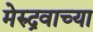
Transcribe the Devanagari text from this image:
मेरुद्रवाच्या